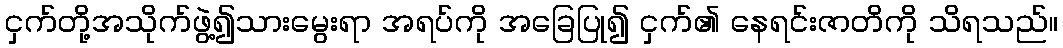
ငှက်တို့အသိုက်ဖွဲ့၍သားမွေးရာ အရပ်ကို အခြေပြု၍ ငှက်၏ နေရင်းဇာတိကို သိရသည်။